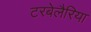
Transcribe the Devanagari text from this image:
टरबेलैरिया